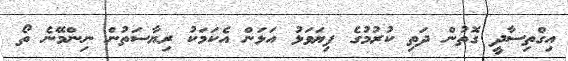
އިގްތިސާދީ ގޮތުން ދަތި ކުރުމުގެ ފިޔަވަޅު އަޅަން އެކަމަކު ރިޔާސަަތުން ނިންމޭނެ ތޯ